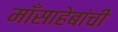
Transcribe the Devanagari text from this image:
माँसाहेबांची